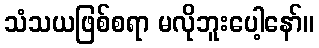
သံသယဖြစ်စရာ မလိုဘူးပေါ့နော်။